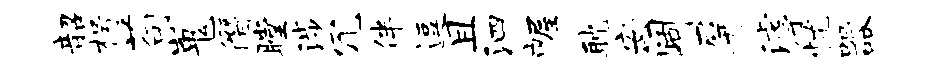
韶枵苟嵬僭瞠涉冗伴逗且泗幄耽安阔屏滹忧器